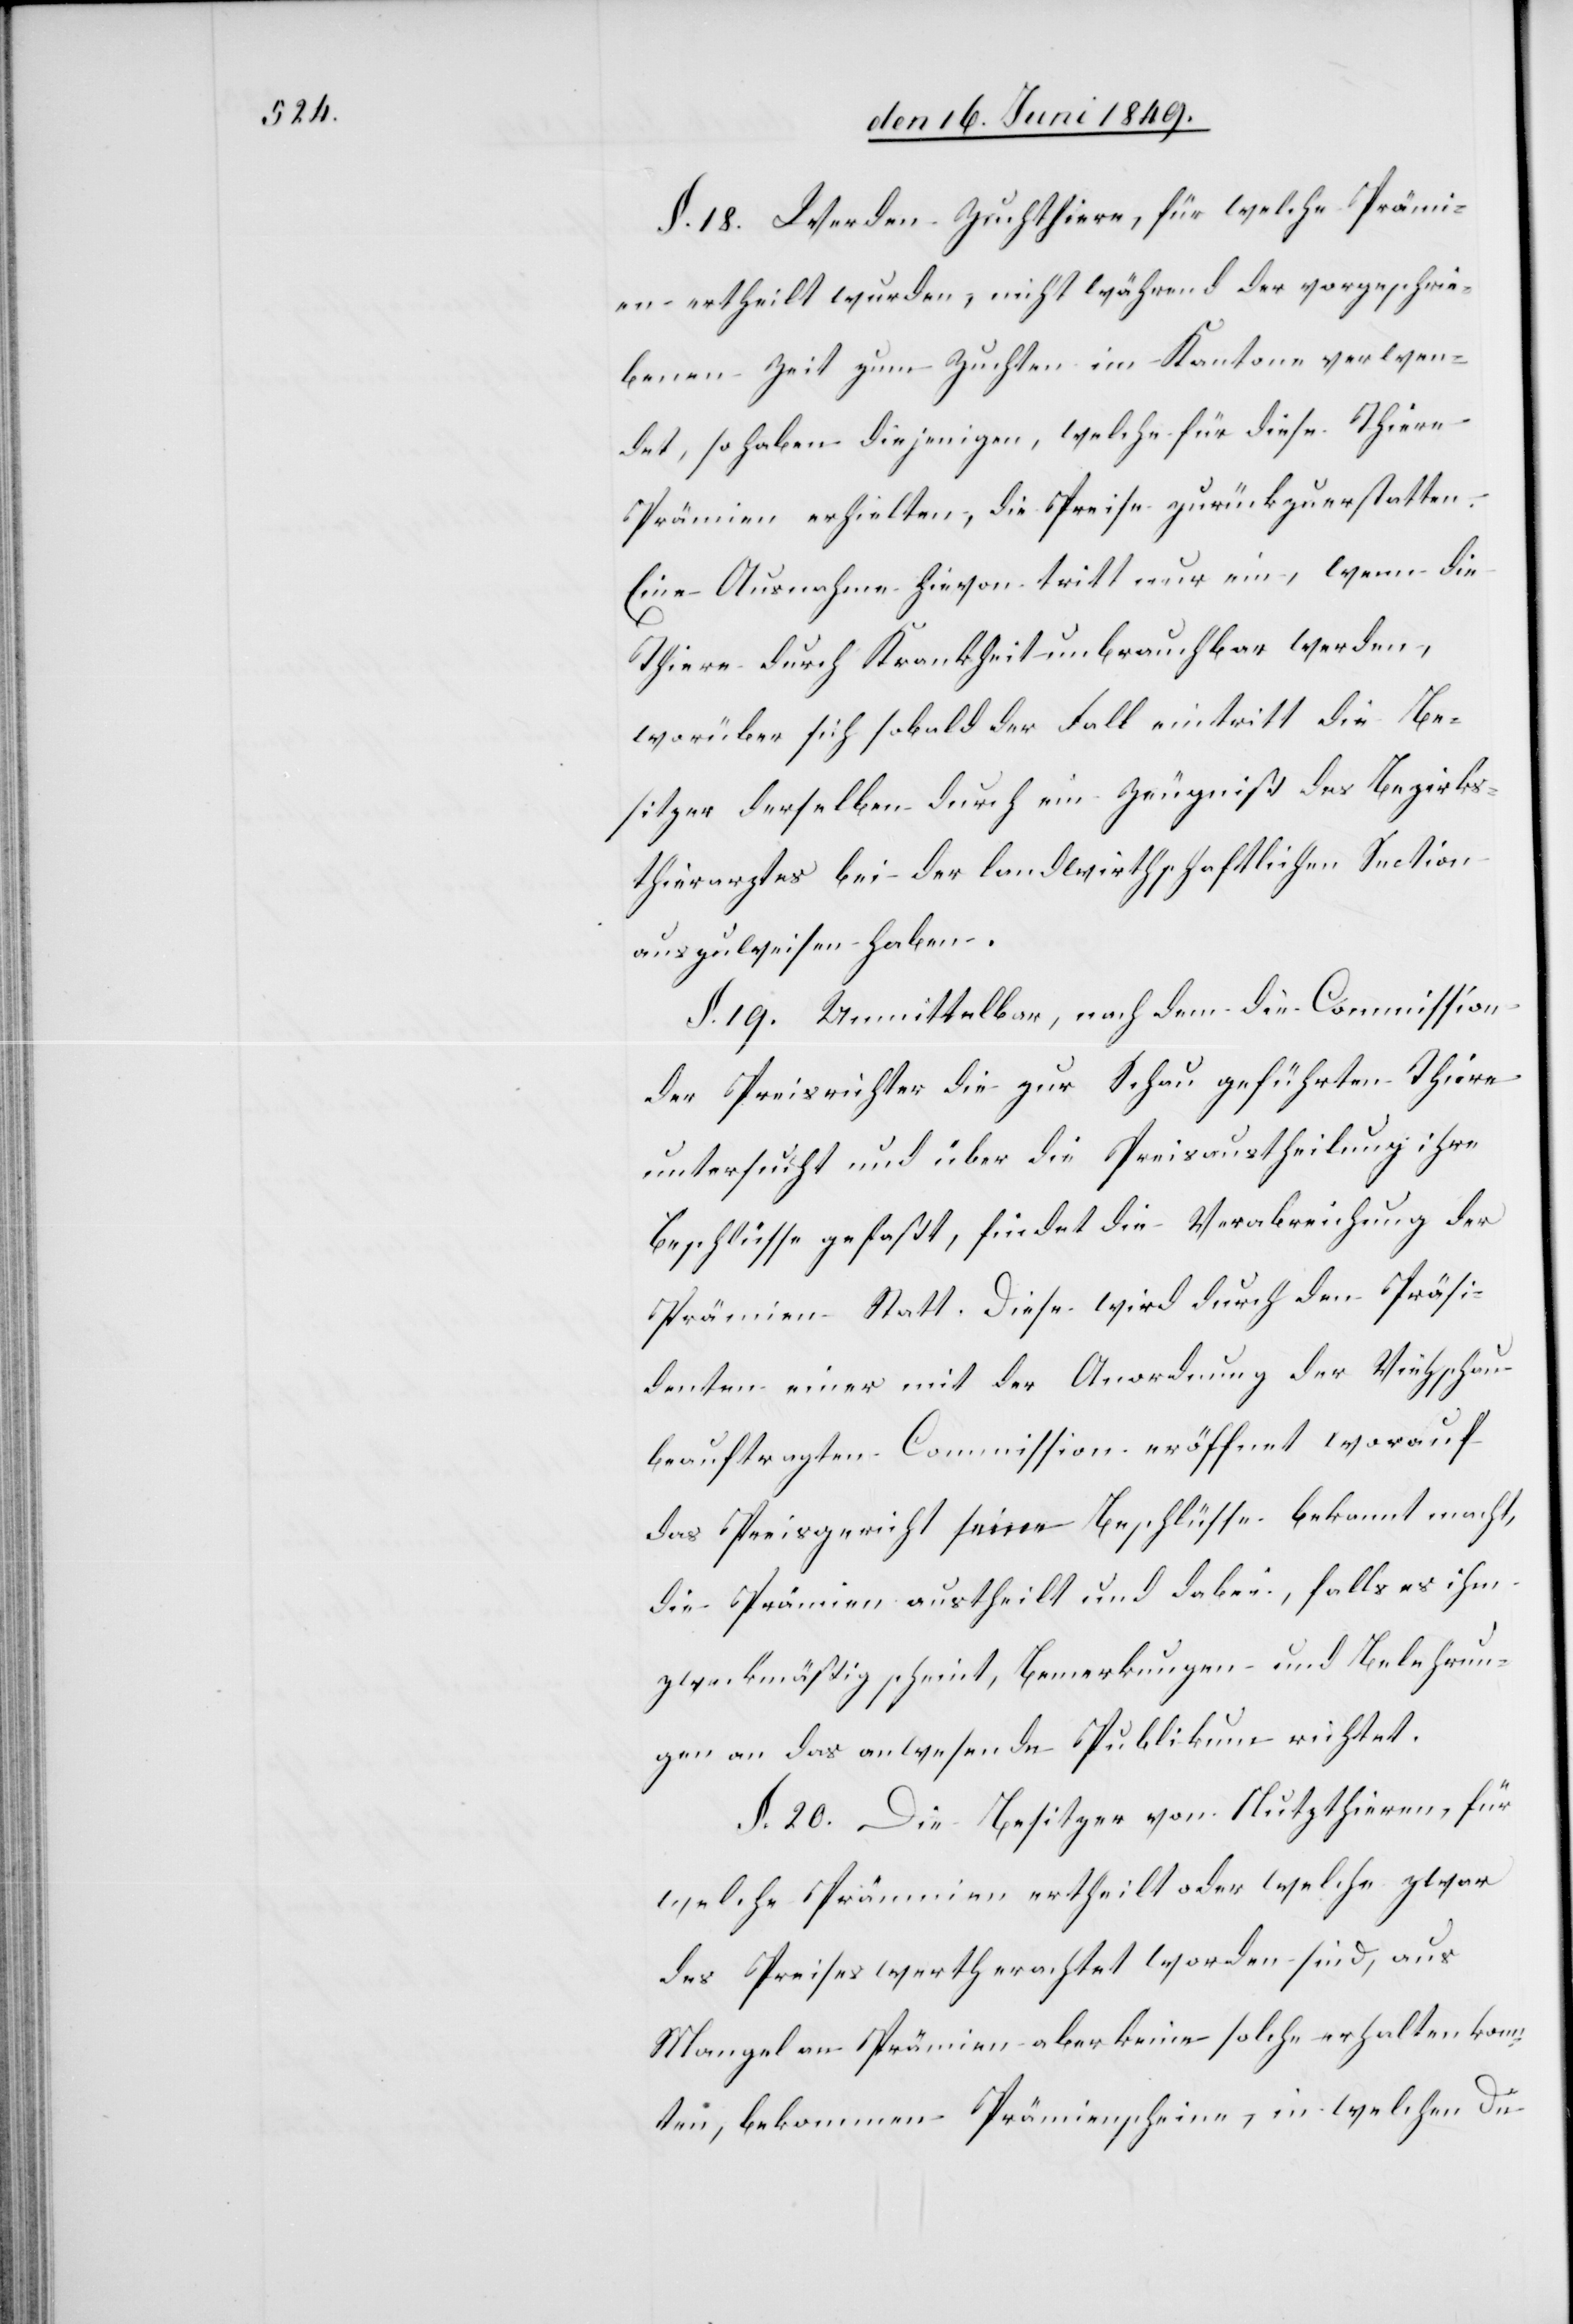
§. 18. Werden Zuchthiere, für welche Prämi¬
en ertheilt wurden, nicht während der vorgeschrie¬
benen Zeit zum Zuchten im Kantone verwen¬
det, so haben diejenigen, welche für diese Thiere
Prämien erhielten, die Preise zurück zu erstatten.
Eine Ausnahme hievon tritt nur ein, wenn die
Thiere durch Krankheit unbrauchbar werden,
worüber sich sobald der Fall eintritt die Be¬
sitzer derselben durch ein Zeugniß des Bezirks¬
thierarztes bei der landwirthschaftlichen Section
auszuweisen haben.
§. 19. Unmittelbar, nachdem die Commission
der Preisrichter die zur Schau geführten Thiere
untersucht und über die Preisaustheilung ihre
Beschlüsse gefaßt, findet die Verabreichung der
Prämien Statt. Diese wird durch den Präsi¬
denten einer mit der Anordnung der Viehschau
beauftragten Commission eröffnet worauf
das Preisgericht seine Beschlüsse bekannt macht,
die Prämien austheilt und dabei, falls es ihm
zweckmässig scheint, Bemerkungen und Belehrun¬
gen an das anwesende Publikum richtet.
§. 20. Die Besitzer von Nutzthieren, für
welche Prämien ertheilt oder welche zwar
des Preises werth erachtet worden sind, aus
Mangel an Prämien, aber keine solche erhalten konn¬
ten, bekommen Prämienscheine, in welchen die